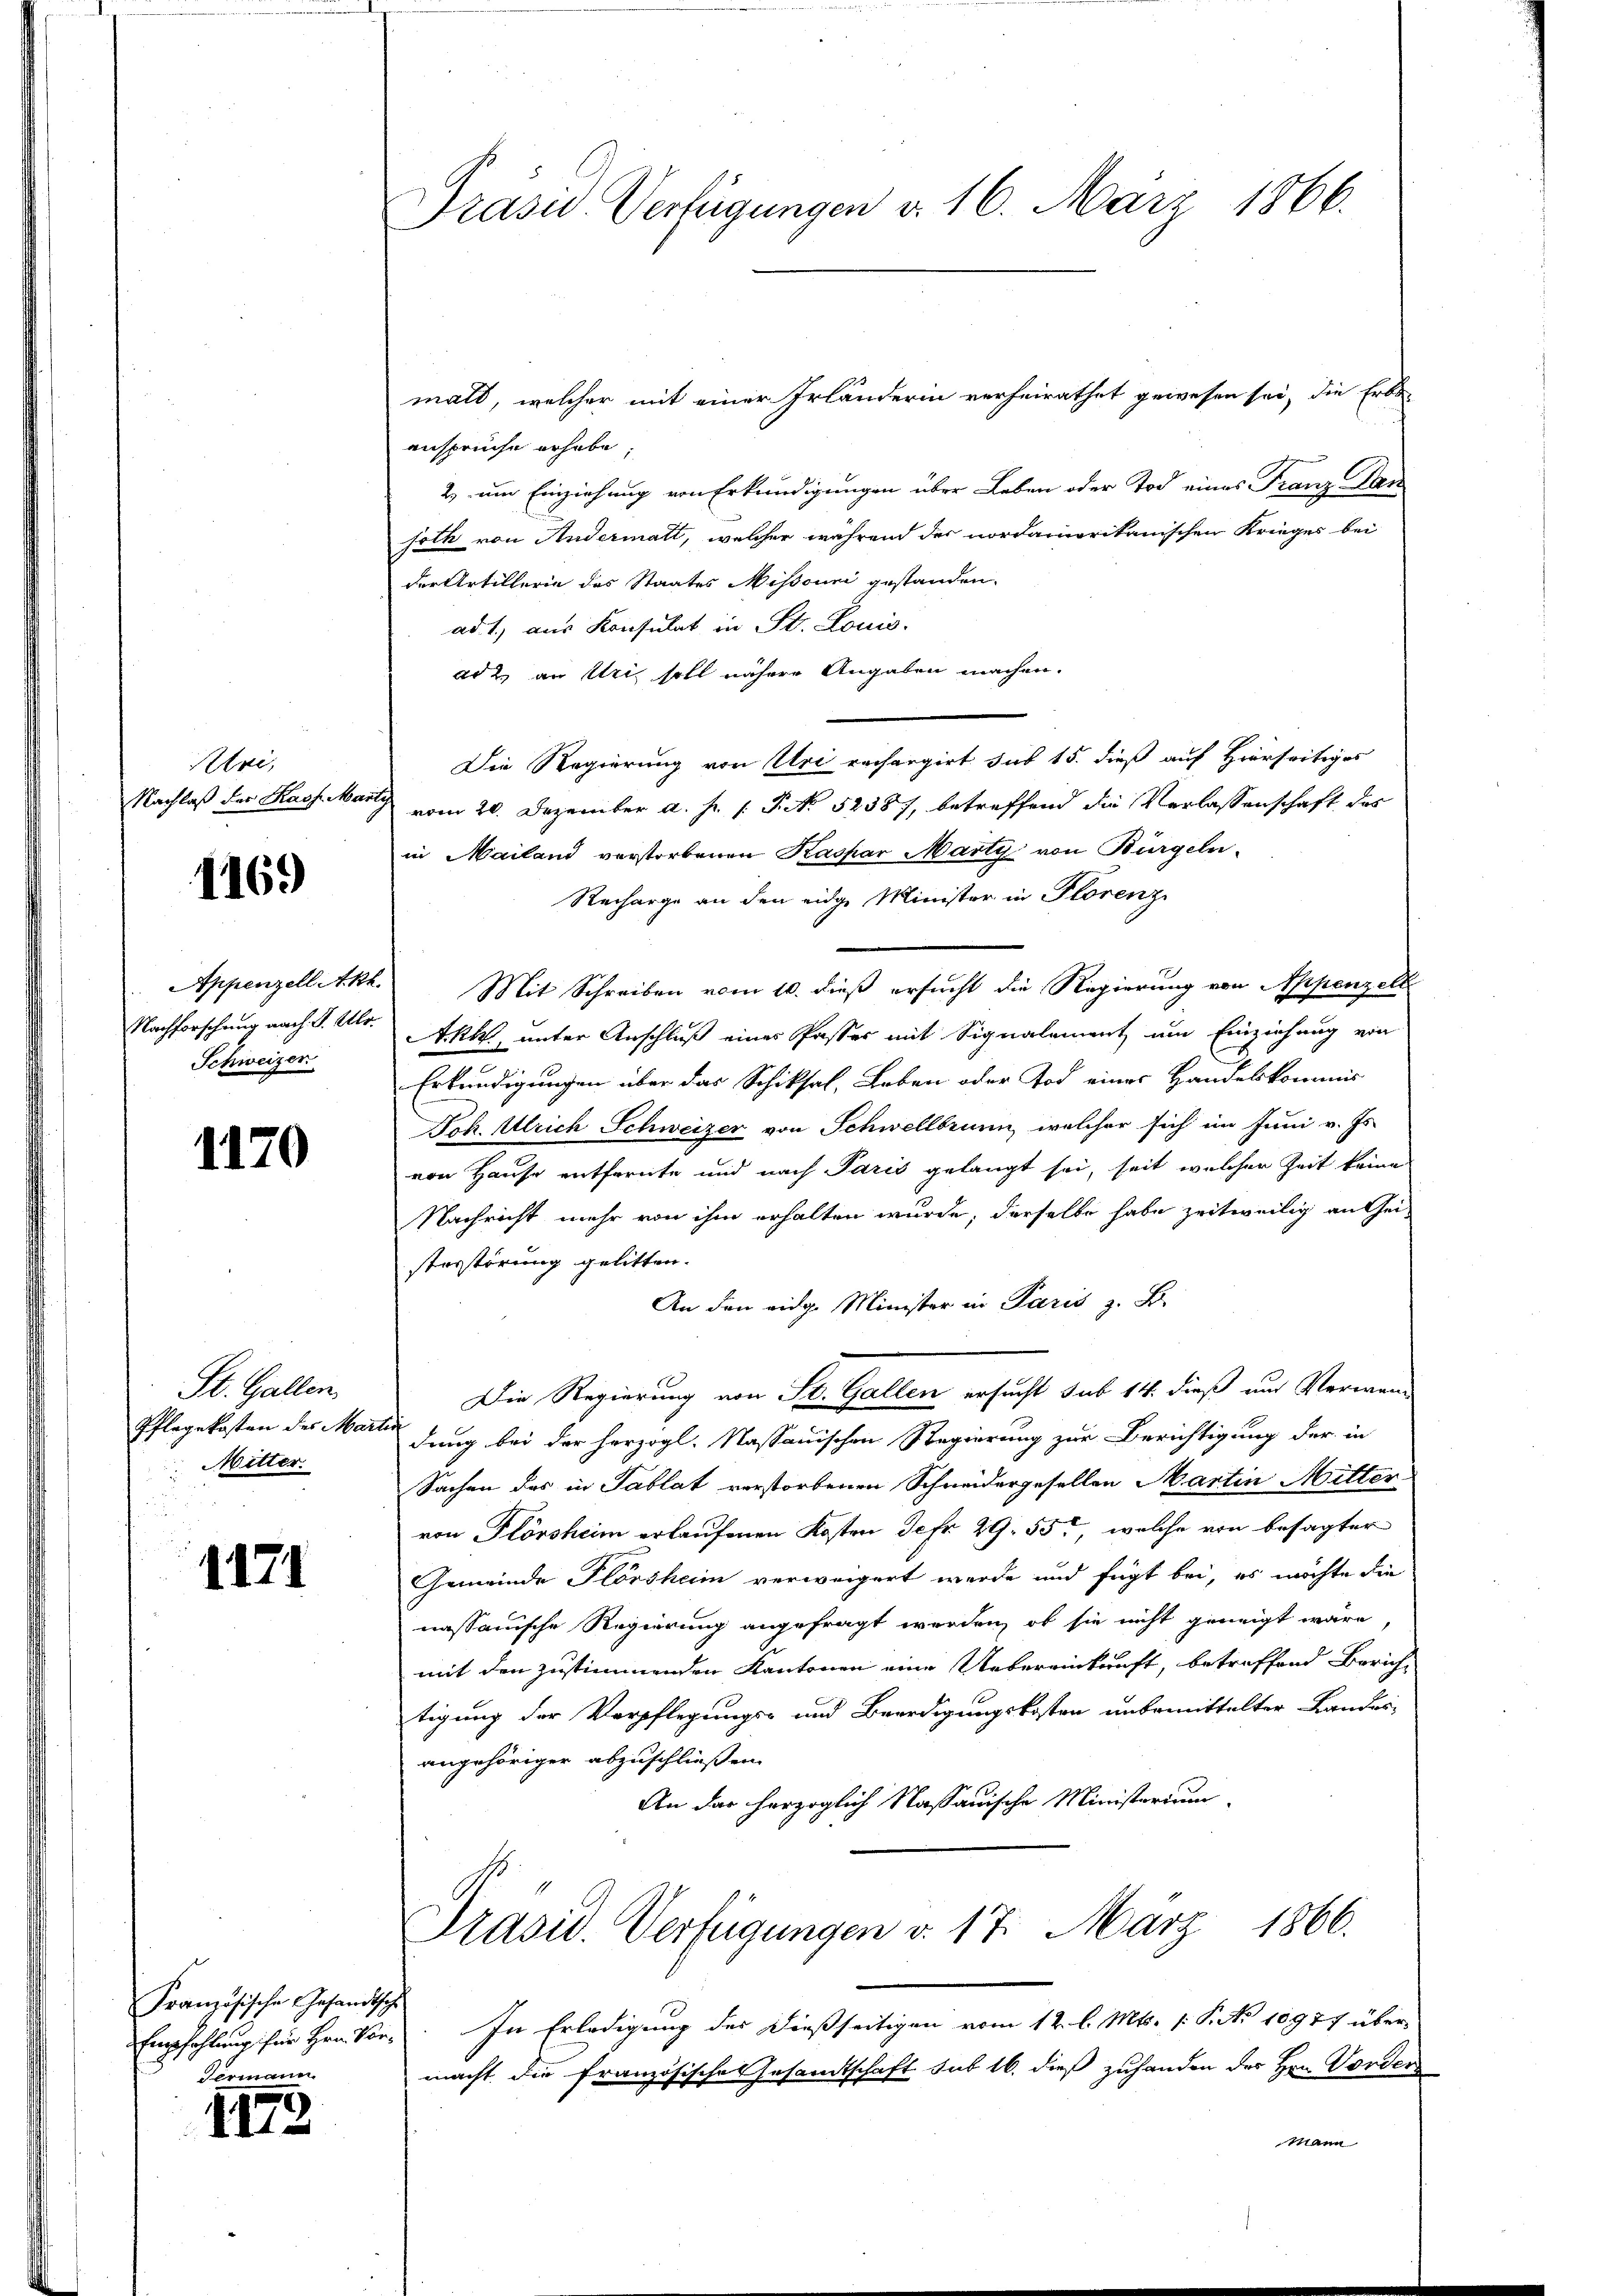
Rlei,
Nachlaß der Kass. Ma

1169

Appenzell Akt.
Nachforschung nach P. Ulr.
Schweizer

1170

St. Gallen.
Mitter.

1171

Französische Gesandtsch
Fermann

III

Prasil-Verfügungen d. 16. März 1866.

mals, welcher mit einer Irländerin verheirathet gewesen sei, die Erbs-
ansprüche erhabe;
2.) um Einziehung von Erkundigungen über Leben oder Tod eines Franz Dar
soth von Andermatt, welcher während der nordamerikanischen Krieges bei
der Artillerin des Staates Missouri gestanden.
ad 1., aus Konsulat in St. Louis.
ad 2. an Uri soll nähere Angaben machen.
Die Regierung von Uri rechangirt sub 15. dieß auf Hierseitiges
2
vom 20. Dezember a. p. P. No 52387, betreffend die Verlassenschaft des
in Mailand verstorbenen Kaspar Marty von Bürgeln-
Recharge an den eidge Minister in Florenz
Mit Schreiben vom 10. dieß ersucht die Regierung von Appenzelt
Akt, unter Anschluß eines Passes mit Signalement um Einziehung von
e
Erkundigungen über das Schiksal, Leben oder Tod eines Handelskommis
Joh. Ulrich Schweizer von Schwellbrunn, welcher sich im Juni v. Js.
von Hause entfreute und nach Paris gelangt sei, seit welcher Zeit keine
Nachricht mehr von ihm erhalten wurde, derselbe habe zeitweilig an Geisterstörung gelitten.
An den eidg. Minister in Paris z. B.
Die Regierung von St. Gallen ersucht sub 14. dieß und Verwand
Pflegekosten des Martiendung bei der herzogl. Nassauischen Regierung zur Berichtigung der in
Sachen das in Tablat verstorbenen Schneidergesellen Martin Mitter
von Plörsheim erlaufenen Kosten Jefr. 29. 55, welche von besagter
Gemeinde Flörsheim verweigert werde und fügt bei, es möchte die
nassauische Regierung angefragt werden, ob sie nicht geneigt wäre,
mit den zustimmenden Kantonen eine Uebereinkunft, betreffend Bericht
tigung der Verpflegungs- und Beerdigungskosten unbemittelter Landei-
angehöriger abzuschließen.
An das herzoglich Nassauische Ministerium
Präsid. Verfügungen v. 17. März 1866.
Empfehlung für Hrn. Vors. In Erledigung der dießseitigen vom 12. l. Mts. (: P. No 10977 übermacht die französisches Gesandtschaft sub 16. dieß zuhanden der Hrn. Vorder
Mann